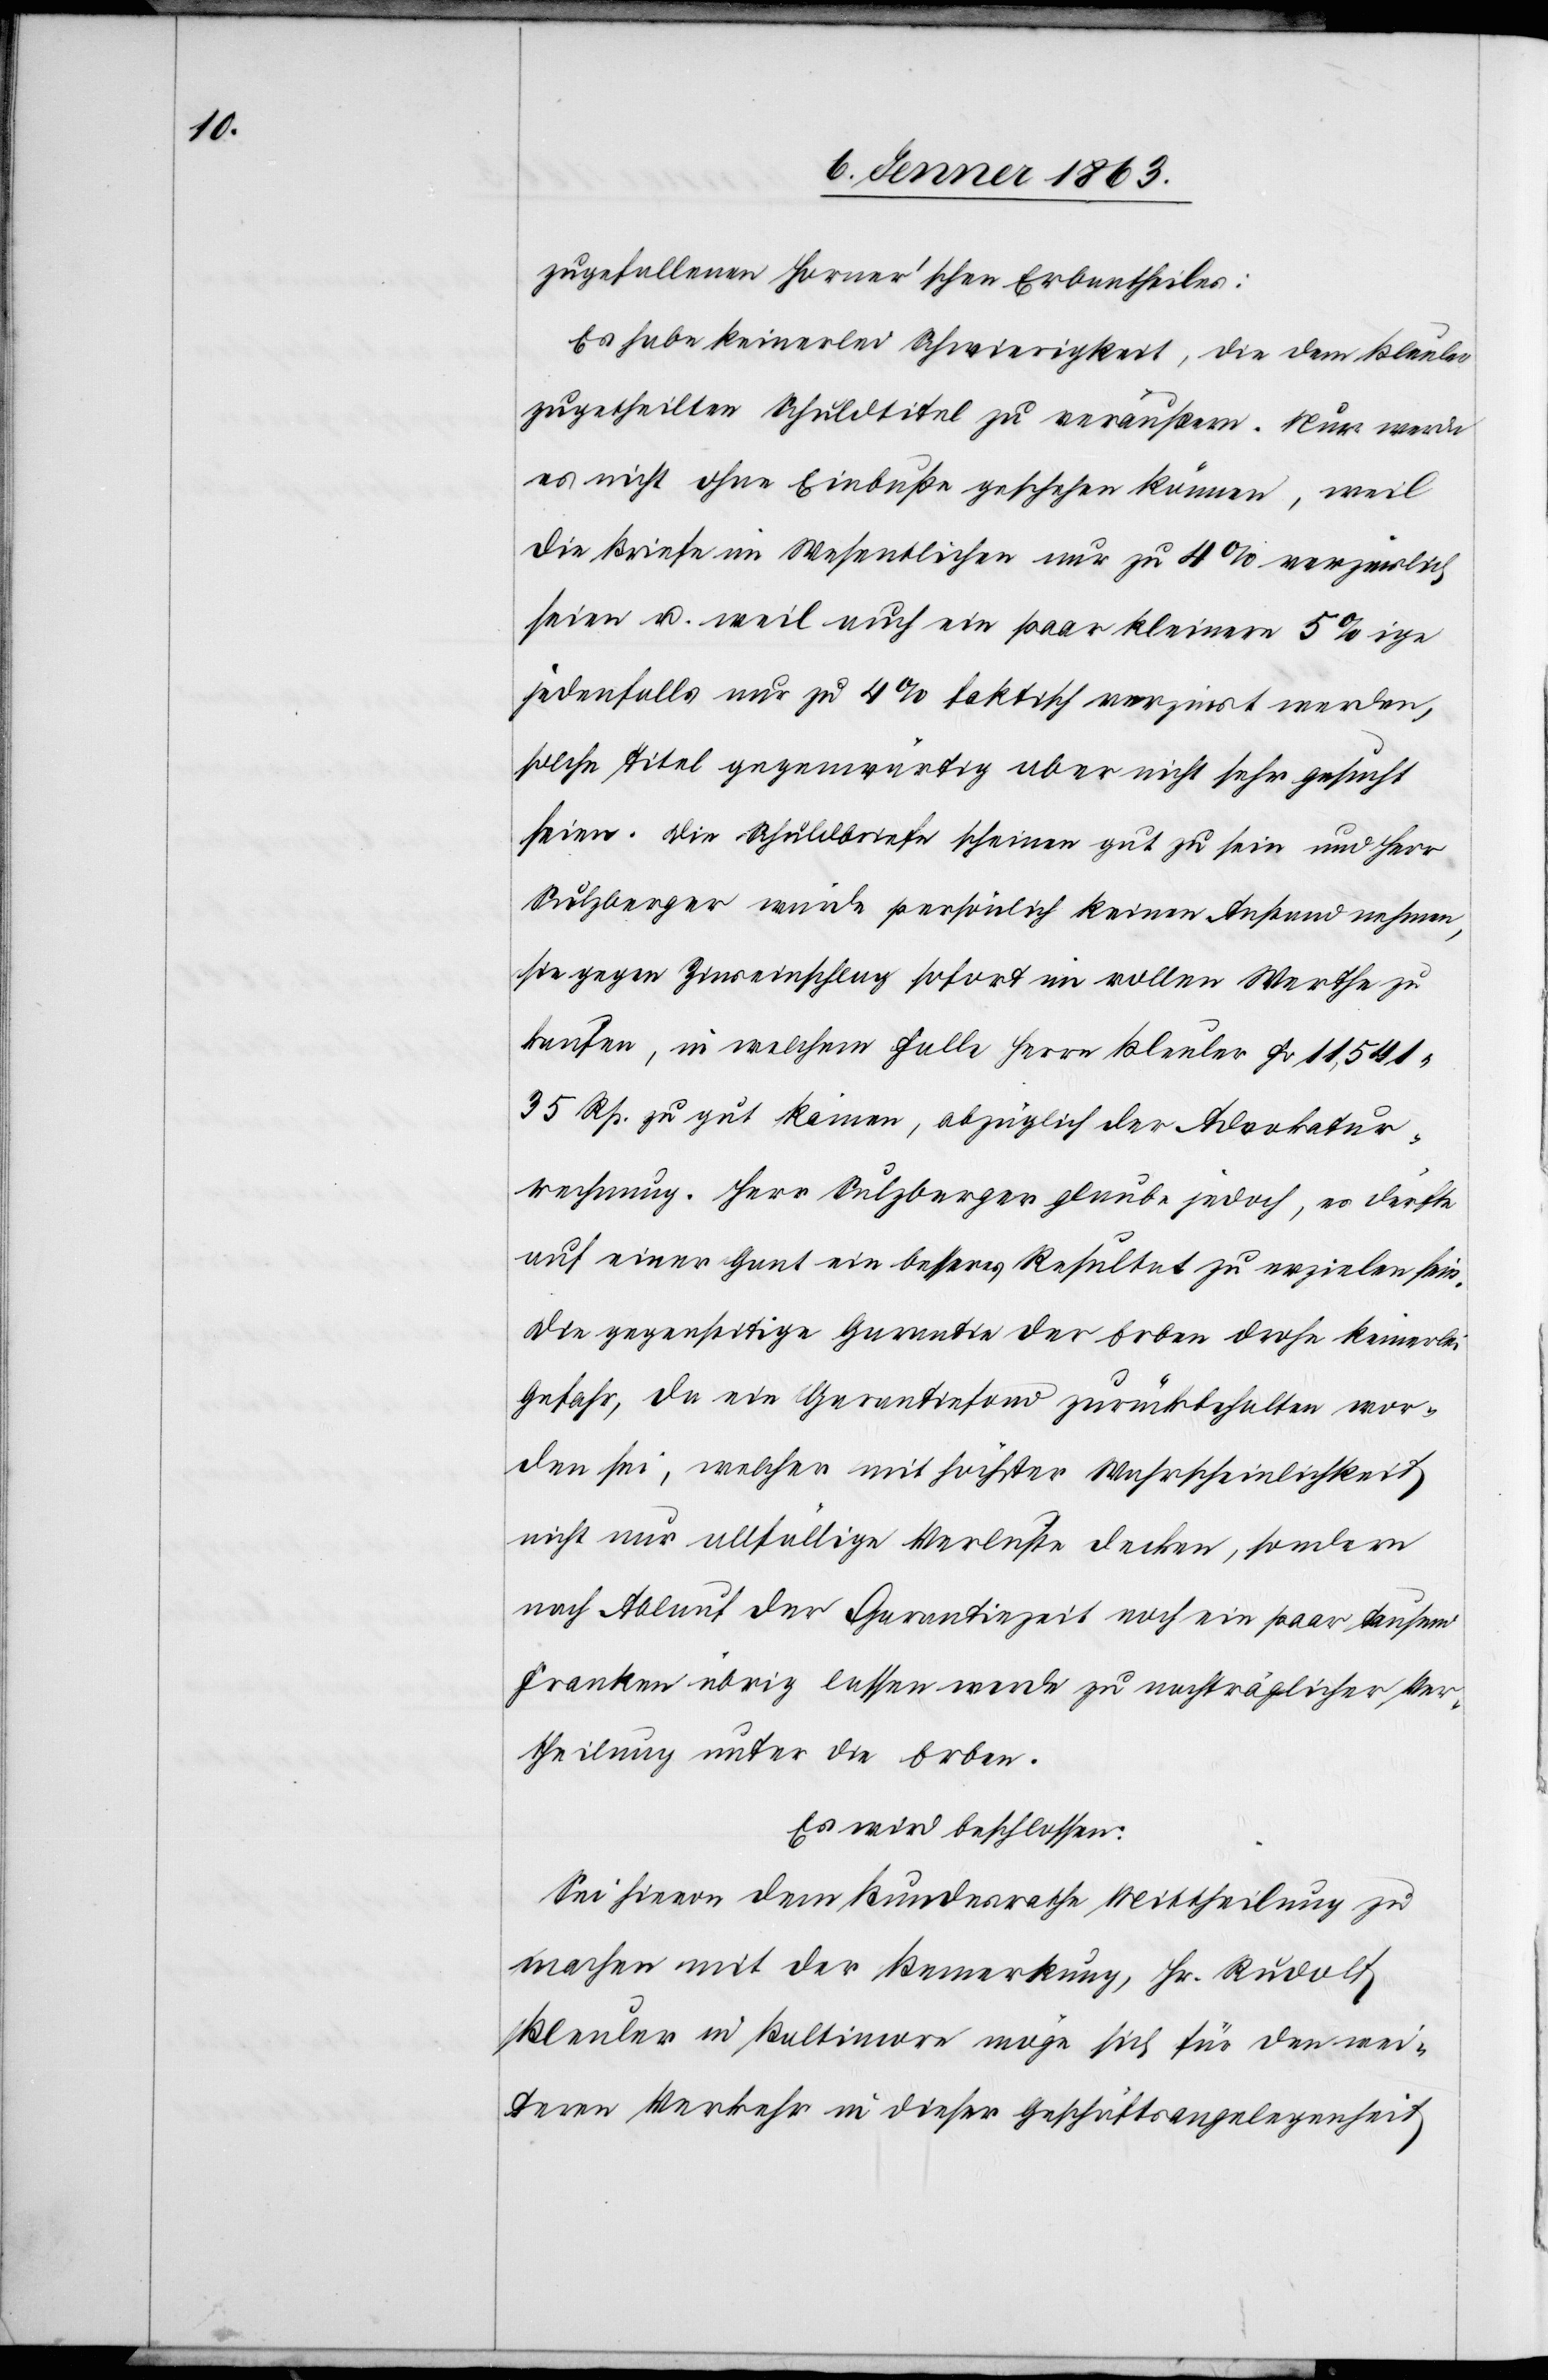
zugefallenen Horner'schen Erbantheiles:
Es habe keinerlei Schwierigkeit, die dem Bleuler
zugetheilten Schuldtitel zu veräußern. Nur werde
es nicht ohne Einbuße geschehen können, weil
die Briefe im Wesentlichen nur zu 4% verzinslich
seien u. weil auch ein paar kleinere 5%[-]ige
jedenfalls nur zu 4% faktisch verzinst werden,
solche Titel gegenwärtig aber nicht sehr gesucht
seien. Die Schuldbriefe scheinen gut zu sein und Herr
Sulzberger würde persönlich keinen Anstand nehmen,
sie gegen Zinseinschlag sofort im vollen Werthe zu
kaufen, in welchem Falle Herr Bleuler Fr 11,541
35 Rp. zu gut kämen, abzüglich der Advokatur¬
rechnung. Herr Sulzberger glaube jedoch, es dürfte
auf einer Gant ein besseres Resultat zu erzielen sein.
[sic!] gegenseitige Garantie der Erben drohe keinerlei
Gefahr, da ein Garantiefond zurückbehalten wor¬
den sei, welcher mit höchster Wahrscheinlichkeit
nicht nur allfällige Verluste decken, sondern
nach Ablauf der Garantiezeit noch ein paar tausend
Franken übrig lassen werde zu nachträglicher Ver¬
theilung unter die Erben.
Es wird beschlossen:
Sei hievon dem Bundesrathe Mittheilung zu
machen mit der Bemerkung, Hr. Rudolf
Bleuler in Baltimore möge sich für den wei¬
teren Verkehr in dieser Geschäftsangelegenheit